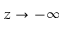
z \rightarrow - \infty